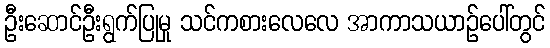
ဦးဆောင်ဦးရွက်ပြုမှု သင်ကစားလေလေ အာကာသယာဉ်ပေါ်တွင်